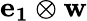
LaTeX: \mathbf{e_{1}}\otimes\mathbf{w}